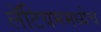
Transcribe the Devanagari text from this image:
लॅटियममध्येच